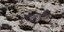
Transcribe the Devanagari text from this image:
शारलोट